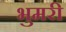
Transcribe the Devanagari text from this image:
भुमरी